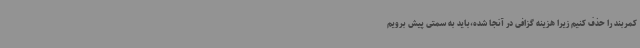
کمربند را حذف کنیم زیرا هزینه گزافی در آنجا شده،باید به سمتی پیش برویم